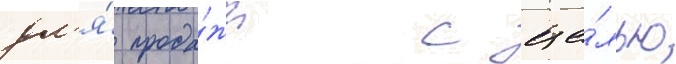
дл'я́ прода́жи с це́лью